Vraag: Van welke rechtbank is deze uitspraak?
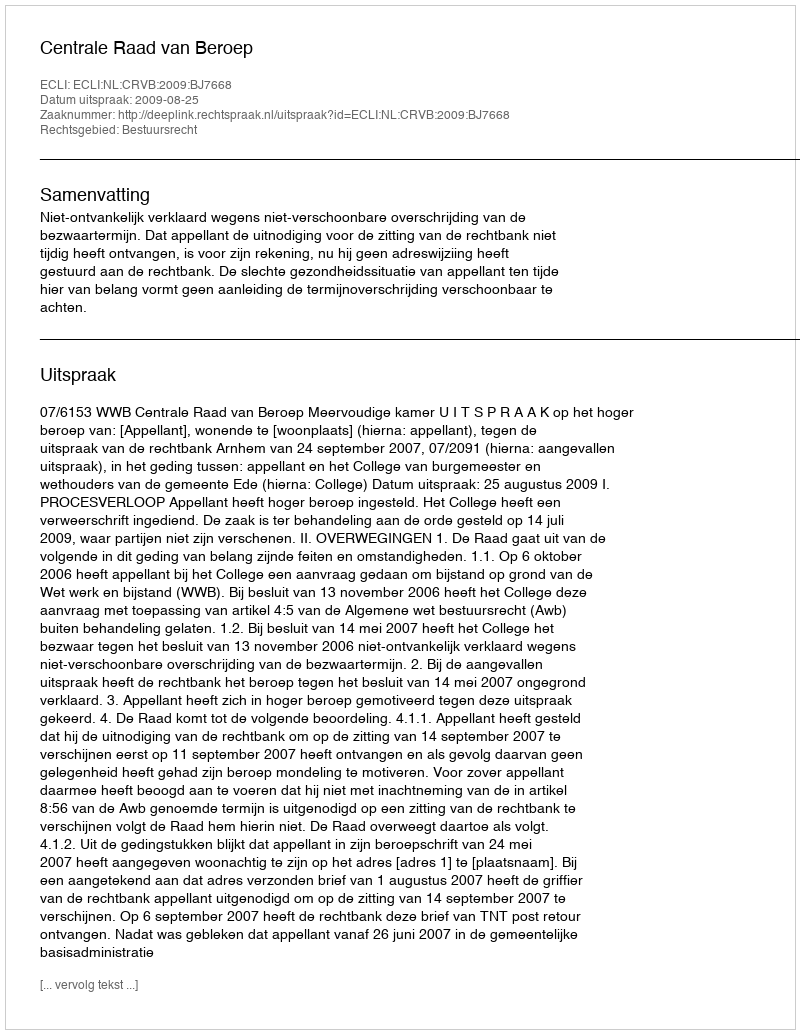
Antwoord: Centrale Raad van Beroep